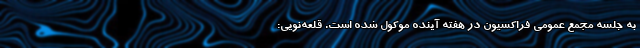
به جلسه مجمع عمومی فراکسیون در هفته آینده موکول شده است. قلعه‌نویی: